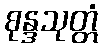
စုန္ဒသုတ္တံ